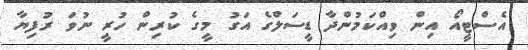
އެސްޓީއޯ އިން ވިއްކަމުންދާ ޑީސަލްގެ އަގު މީގެ ކުރިން ހުރީ ނުވަ ރުފިޔާ